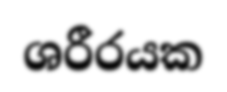
ශරීරයක